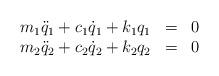
LaTeX: \begin{align*}\begin{array}{rcl}m_1\ddot{q}_1 + c_1 \dot{q}_1 +k_1q_1 &=&0\\m_2\ddot{q}_2 + c_2 \dot{q}_2 +k_2q_2 &=& 0\end{array}\end{align*}